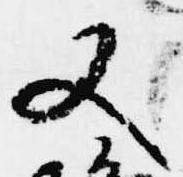
又